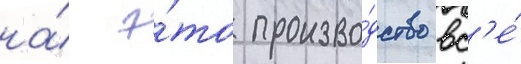
на́ э́то произво́дство вс'е́